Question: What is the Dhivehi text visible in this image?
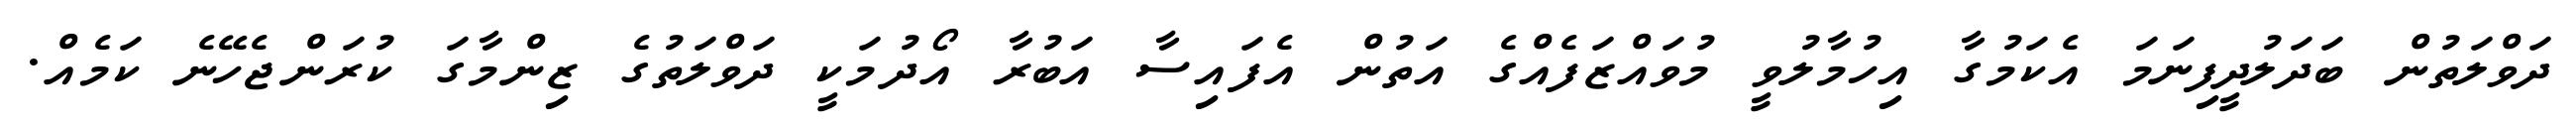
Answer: ދަވްލަތުން ބަދަލުދީފިނަމަ އެކަމުގާ އިހުމާލުވީ މުވައްޒަފެއްގެ އަތުން އެފައިސާ އަބުރާ އޯދުމަކީ ދަވްލަތުގެ ޒިންމާގަ ކުރަންޖެހޭނެ ކަމެއް.